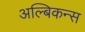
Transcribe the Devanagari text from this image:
अल्बिकन्स